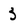
Character: 3